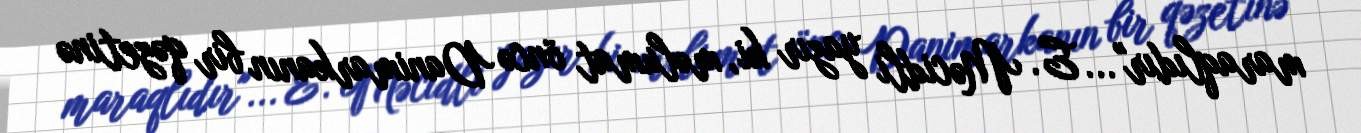
maraqlıdır"... E. Məcidli yazır ki, məlumat öncə Danimarkanın bir qəzetinə